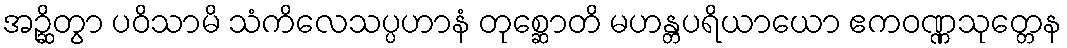
အဉ္ဆိတွာ ပဝိသာမိ သံကိလေသပ္ပဟာနံ တုစ္ဆောတိ မဟန္တပရိယာယော ဧကဝဏ္ဏသုတ္တေန